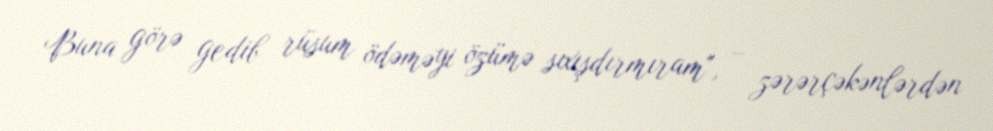
Buna görə gedib rüsum ödəməyi özümə sıxışdırmıram", – zərərçəkənlərdən